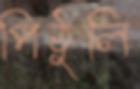
পিঠুলি